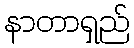
နာတာရှည်